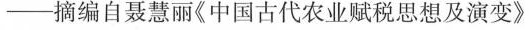
- 摘编自聂惠丽《中国古代农业赋税思想及演变》